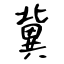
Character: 冀